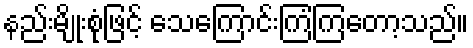
နည်းမျိုးစုံဖြင့် သေကြောင်းကြံကြတော့သည်။